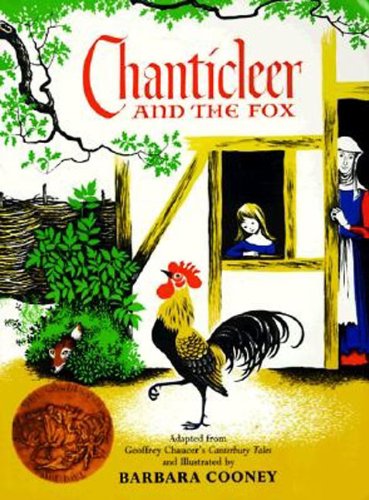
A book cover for Chanticleer and the Fox; Geoffrey Chaucer; Children's Books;